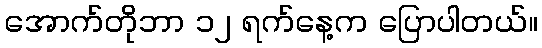
အောက်တိုဘာ ၁၂ ရက်နေ့က ပြောပါတယ်။